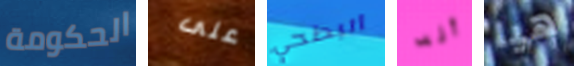
الحكومة على انبطحي أنه هيا